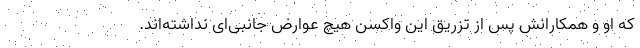
که او و همکارانش پس از تزریق این واکسن هیچ عوارض جانبی‌ای نداشته‌اند.